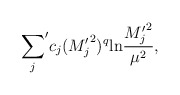
\begin{align*}{\sum_j}^\prime c_j({M_j^\prime}^2)^q{\rm ln} {{M_j^\prime}^2\over \mu^2},\end{align*}